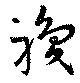
職